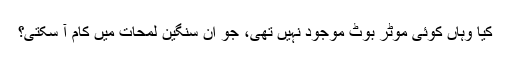
کیا وہاں کوئی موٹر بوٹ موجود نہیں تھی، جو ان سنگین لمحات میں کام آ سکتی؟